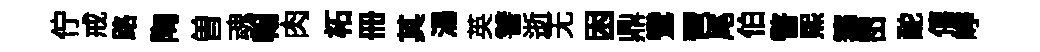
佇戒路陶曽魂翰肉柘册其湯英讐逝无困鼎鸞琶尾伯瞥煕籌崈酡僖峥